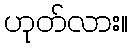
ဟုတ်လား။